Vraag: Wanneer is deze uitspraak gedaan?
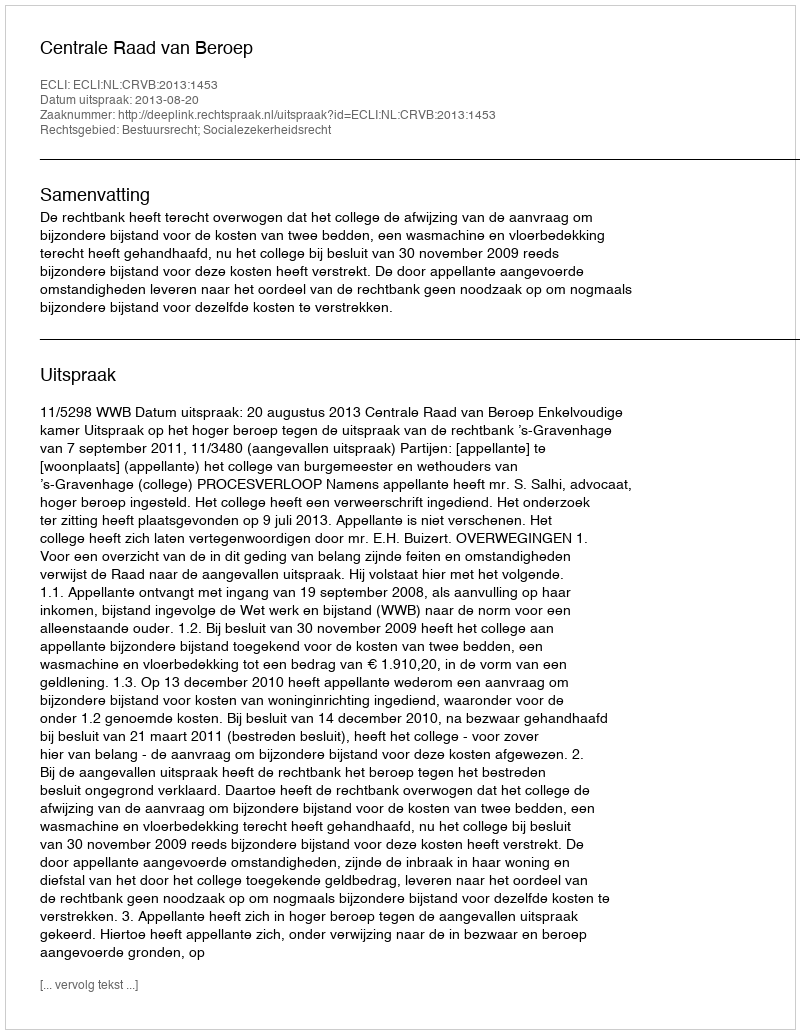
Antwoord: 2013-08-20